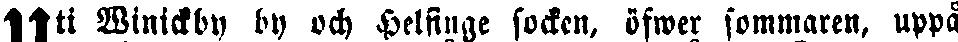
Uti Winickby by och Helsinge socken, öfwer sommaren, uppå